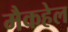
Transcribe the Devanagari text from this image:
मैकहेल